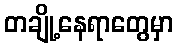
တချို့နေရာတွေမှာ